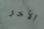
الأخر